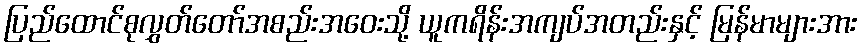
ပြည်ထောင်စုလွှတ်တော်အစည်းအဝေးသို့ ယူကရိန်းအကျပ်အတည်းနှင့် မြန်မာများအား